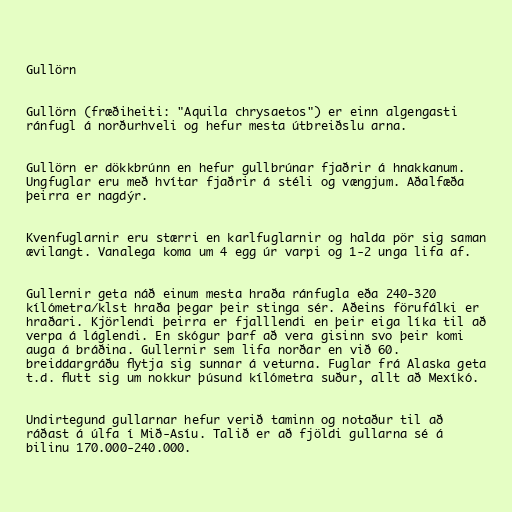
Gullörn

Gullörn (fræðiheiti: "Aquila chrysaetos") er einn algengasti
ránfugl á norðurhveli og hefur mesta útbreiðslu arna.

Gullörn er dökkbrúnn en hefur gullbrúnar fjaðrir á hnakkanum.
Ungfuglar eru með hvítar fjaðrir á stéli og vængjum. Aðalfæða
þeirra er nagdýr.

Kvenfuglarnir eru stærri en karlfuglarnir og halda pör sig saman
ævilangt. Vanalega koma um 4 egg úr varpi og 1-2 unga lifa af.

Gullernir geta náð einum mesta hraða ránfugla eða 240-320
kílómetra/klst hraða þegar þeir stinga sér. Aðeins förufálki er
hraðari. Kjörlendi þeirra er fjalllendi en þeir eiga líka til að
verpa á láglendi. En skógur þarf að vera gisinn svo þeir komi
auga á bráðina. Gullernir sem lifa norðar en við 60.
breiddargráðu flytja sig sunnar á veturna. Fuglar frá Alaska geta
t.d. flutt sig um nokkur þúsund kílómetra suður, allt að Mexíkó.

Undirtegund gullarnar hefur verið taminn og notaður til að
ráðast á úlfa í Mið-Asíu. Talið er að fjöldi gullarna sé á
bilinu 170.000-240.000.